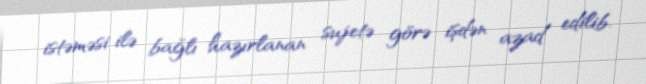
istəməsi ilə bağlı hazırlanan sujetə görə işdən azad edilib.